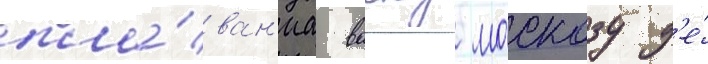
пла́ван'иа васку москозу д'е́